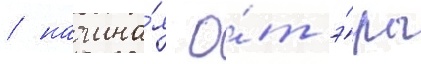
/ начина́я о́т э́ры